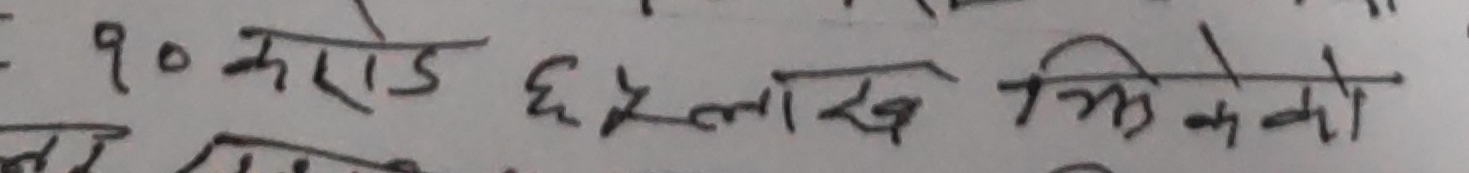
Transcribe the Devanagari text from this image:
१० करोड ६ लाख मिग्रको